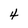
Character: 4